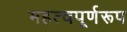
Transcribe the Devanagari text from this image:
महत्वपूर्णरूप